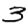
Digit: 3